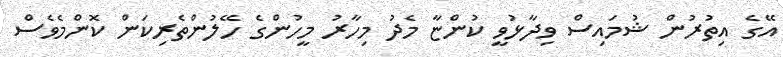
އޭގެ އިތުރުން ޝުމައިސް ވިދާޅުވީ ކުންޏާ މެދު މިހާރު މީހުންގެ ހޭލުންތެރިކަން ކޮންމެވެސް